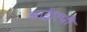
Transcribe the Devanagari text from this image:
आईएपी